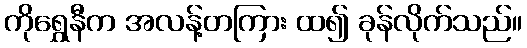
ကိုရွှေနီက အလန့်တကြား ထ၍ ခုန်လိုက်သည်။